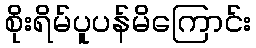
စိုးရိမ်ပူပန်မိကြောင်း